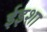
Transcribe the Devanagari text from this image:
ईइशा